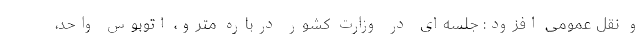
و نقل عمومی افزود: جلسه‌ای در وزارت کشور درباره مترو، اتوبوس واحد،